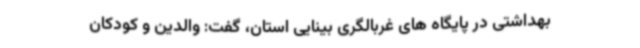
بهداشتی در پایگاه های غربالگری بینایی استان، گفت: والدین و کودکان